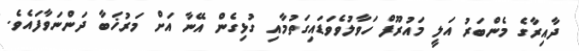
ދާއިރާގެ މެންބަރު އަލީ މައުރޫފް ހަވާލުވެވަޑައިގަތުމާއި ގުޅިގެން އޭނާ އަށް މަރުޚަބާ ދަންނަވާފައެވެ.